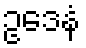
ဥဒေနံ